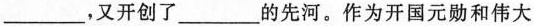
___，又开创了___的先河。作为开国元勋和伟大